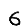
Digit: 6